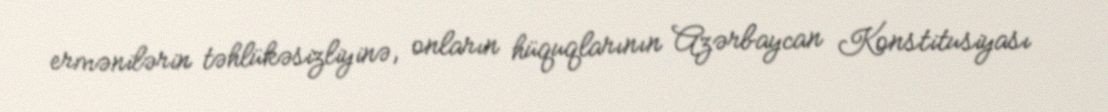
ermənilərin təhlükəsizliyinə, onların hüquqlarının Azərbaycan Konstitusiyası